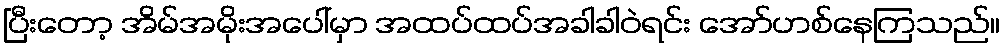
ပြီးတော့ အိမ်အမိုးအပေါ်မှာ အထပ်ထပ်အခါခါဝဲရင်း အော်ဟစ်နေကြသည်။